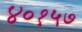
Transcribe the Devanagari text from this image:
४०१५७